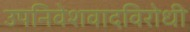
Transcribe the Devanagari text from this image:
उपनिवेशवादविरोधी